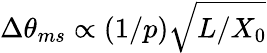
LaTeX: \Delta\theta_{ms}\propto(1/p)\sqrt{L/X_{0}}